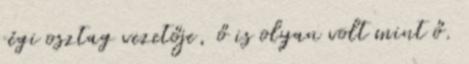
régi osztag vezetője, ő is olyan volt mint ő.